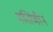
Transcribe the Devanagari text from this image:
हत्तिणीनं